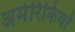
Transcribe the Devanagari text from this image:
अमेरिकियो